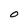
Character: O